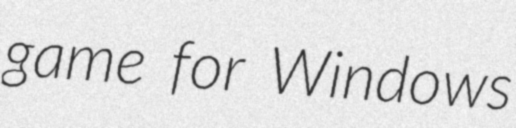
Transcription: game for Windows